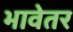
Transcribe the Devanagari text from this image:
भावेतर